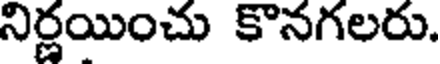
నిర్ణయించు కొనగలరు.